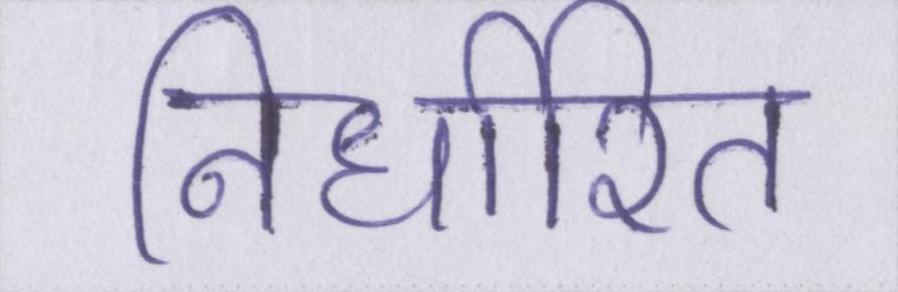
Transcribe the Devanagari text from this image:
निर्धारित